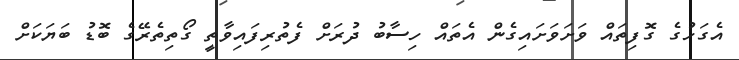
އެގަހުގެ ގޮފިތައް ވަށަވަށައިގެން އެތައް ހިސާބު ދުރަށް ފެތުރިފައިވާތީ ގޯތިތެރޭގެ ބޮޑު ބަޔަކަށް